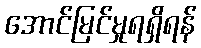
အောင်မြင်မှုရရှိရန်